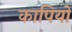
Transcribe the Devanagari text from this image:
कापियों